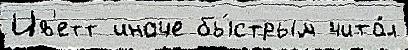
Ив'етт иначе бы́стрым чита́л